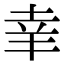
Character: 𦍒